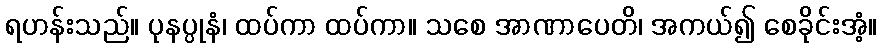
ရဟန်းသည်။ ပုနပ္ပုနံ၊ ထပ်ကာ ထပ်ကာ။ သစေ အာဏာပေတိ၊ အကယ်၍ စေခိုင်းအံ့။